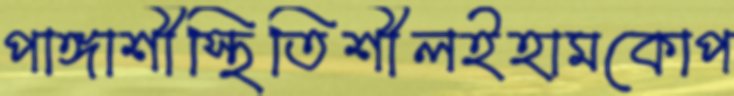
পাঙ্গাশীস্থিতিশীলইহামকোপ